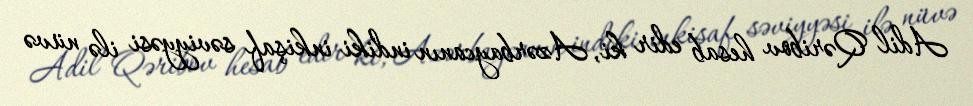
Adil Qəribov hesab edir ki, Azərbaycanın indiki inkişaf səviyyəsi ilə nüvə